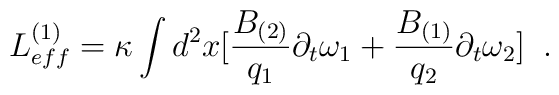
L^{(1)}_{eff}=\kappa\int d^{2}x[\frac{B_{(2)}}{q_{1}}\partial_{t}\omega_{1}                    +\frac{B_{(1)}}{q_{2}}\partial_{t}\omega_{2}] \;\;.